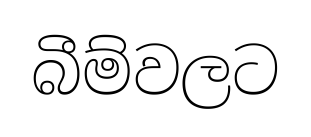
බීම්වලට